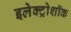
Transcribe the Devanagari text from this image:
इलेक्ट्रोशॉक